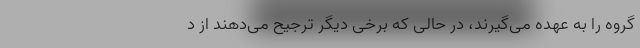
گروه را به عهده می‌گیرند، در حالی که برخی دیگر ترجیح می‌دهند از د